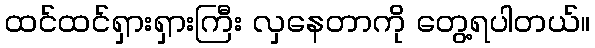
ထင်ထင်ရှားရှားကြီး လှနေတာကို တွေ့ရပါတယ်။